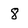
Character: 8